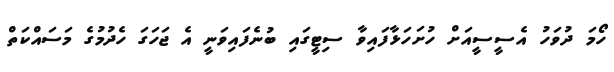
ހޯމަ ދުވަހު އެސީސީއަށް ހުށަހަޅާފައިވާ ސިޓީގައި ބުނެފައިވަނީ އެ ޖަހަގަ ހެދުމުގެ މަސައްކަތް